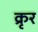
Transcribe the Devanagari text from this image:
क्रृर